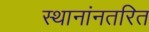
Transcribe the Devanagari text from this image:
स्थानांनतरित